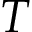
T